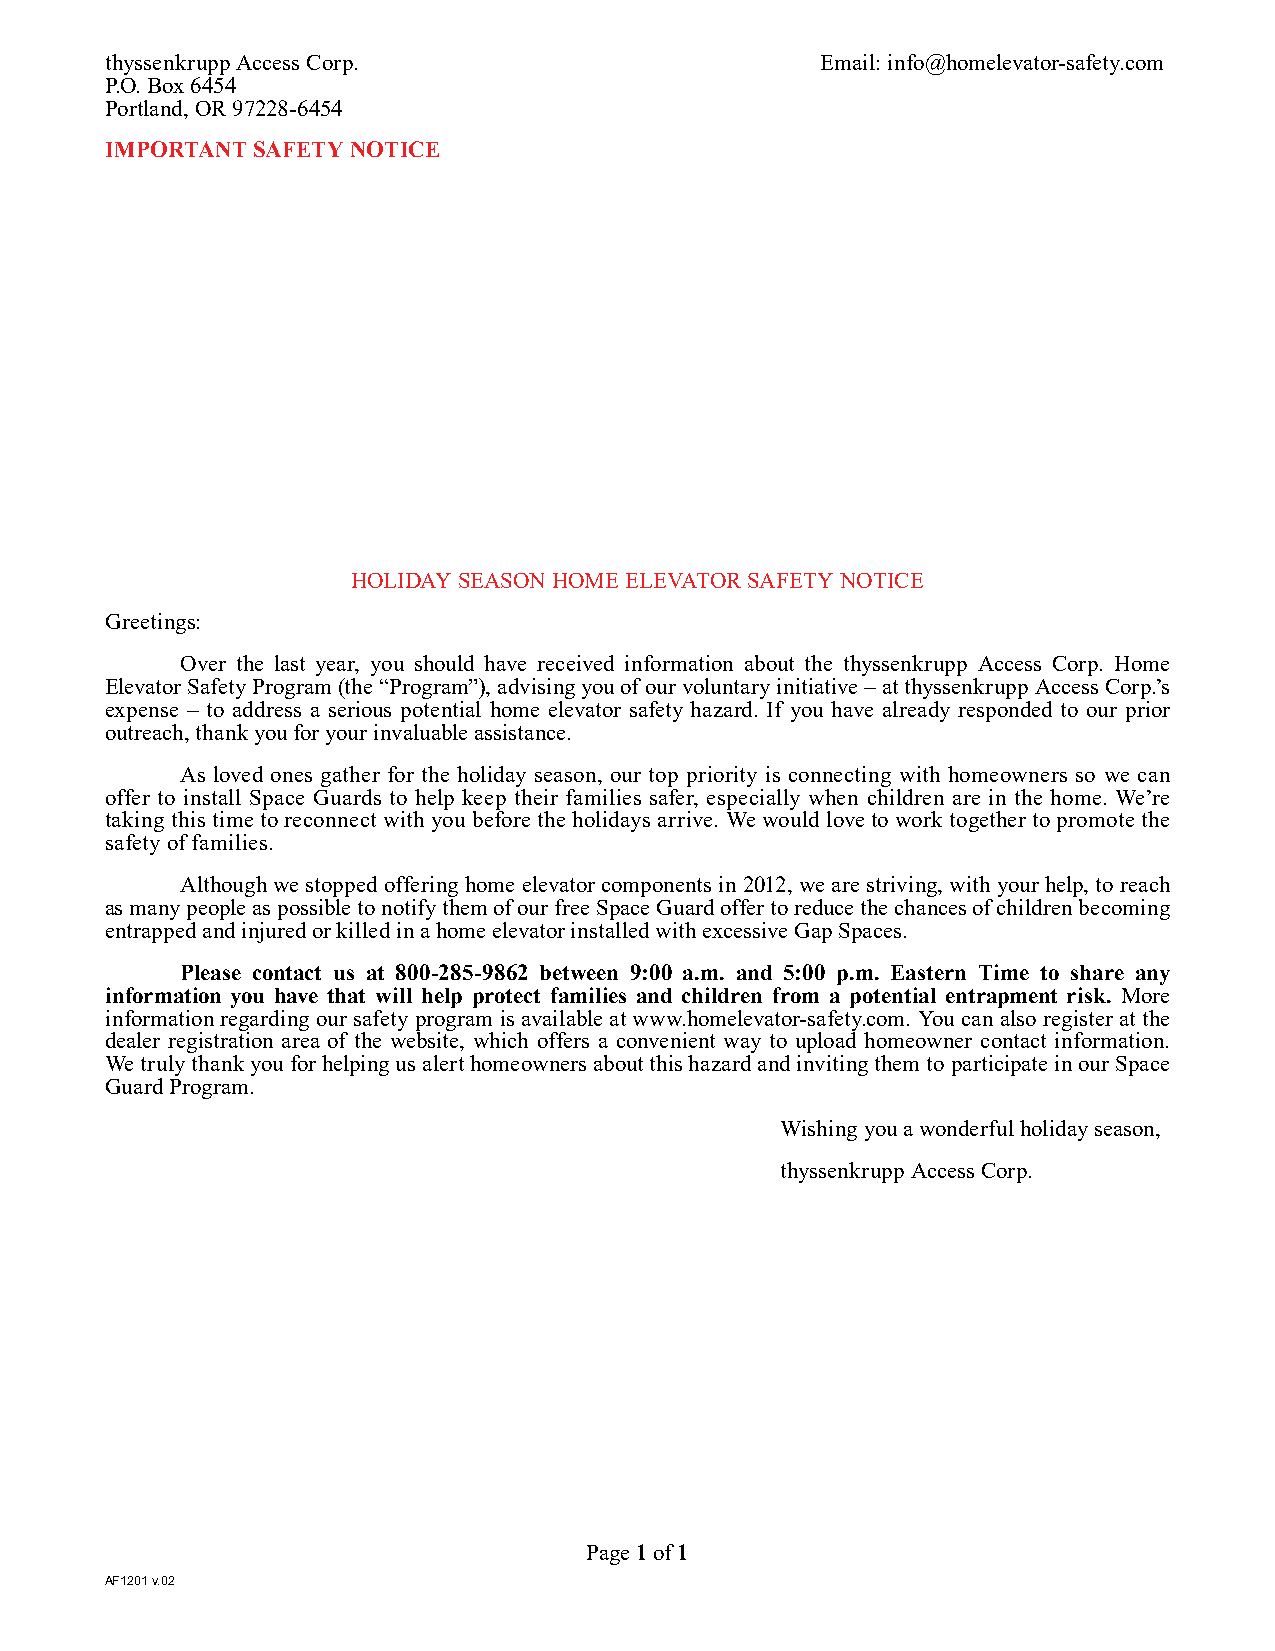
thyssenkrupp Access Corp.                      Email: info@homelevator-safety.com
 P.O. Box 6454
 Portland, OR 97228-6454
 IMPORTANT SAFETY NOTICE
 HOLIDAY SEASON HOME ELEVATOR SAFETY NOTICE
 Greetings:
 Over the last year, you should have received information about the thyssenkrupp Access Corp. Home
 Elevator Safety Program (the “Program”), advising you of our voluntary initiative – at thyssenkrupp Access Corp.’s
 expense – to address a serious potential home elevator safety hazard. If you have already responded to our prior
 outreach, thank you for your invaluable assistance.
 As loved ones gather for the holiday season, our top priority is connecting with homeowners so we can
 offer to install Space Guards to help keep their families safer, especially when children are in the home. We’re
 taking this time to reconnect with you before the holidays arrive. We would love to work together to promote the
 safety of families.
 Although we stopped offering home elevator components in 2012, we are striving, with your help, to reach
 as many people as possible to notify them of our free Space Guard offer to reduce the chances of children becoming
 entrapped and injured or killed in a home elevator installed with excessive Gap Spaces.
 Please contact us at 800-285-9862 between 9:00 a.m. and 5:00 p.m. Eastern Time to share any
 information you have that will help protect families and children from a potential entrapment risk. More
 information regarding our safety program is available at www.homelevator-safety.com. You can also register at the
 dealer registration area of the website, which offers a convenient way to upload homeowner contact information.
 We truly thank you for helping us alert homeowners about this hazard and inviting them to participate in our Space
 Guard Program.
 Wishing you a wonderful holiday season,
 thyssenkrupp Access Corp.
 Page 1 of 1
 AF1201 v.02